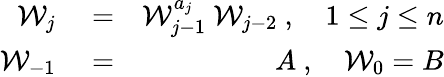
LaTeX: \begin{array}{rlr}{\mathcal{W}_{j}}&{{}=}&{\mathcal{W}_{j-1}^{a_{j}}\ \mathcal{W}_{j-2}\ ,\quad 1\leq j\leq n}\\ {\mathcal{W}_{-1}}&{{}=}&{A\ ,\quad\mathcal{W}_{0}=B}\end{array}